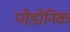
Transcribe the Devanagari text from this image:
पोडोनिक